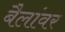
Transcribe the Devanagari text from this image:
बैलांवर